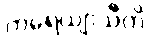
ကရေယျာသီတိ